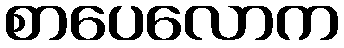
စာပေလောက